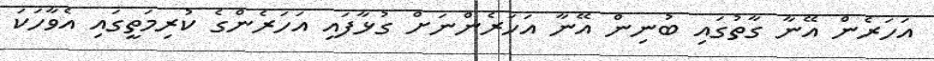
އަހަރެން އޭނާ ގާތުގައި ބުނިން އޭނާ އަހަރެންނަށް ގުޅާފައި އަހަރެންގެ ކުރިމަތީގައި އެވާހަކަ